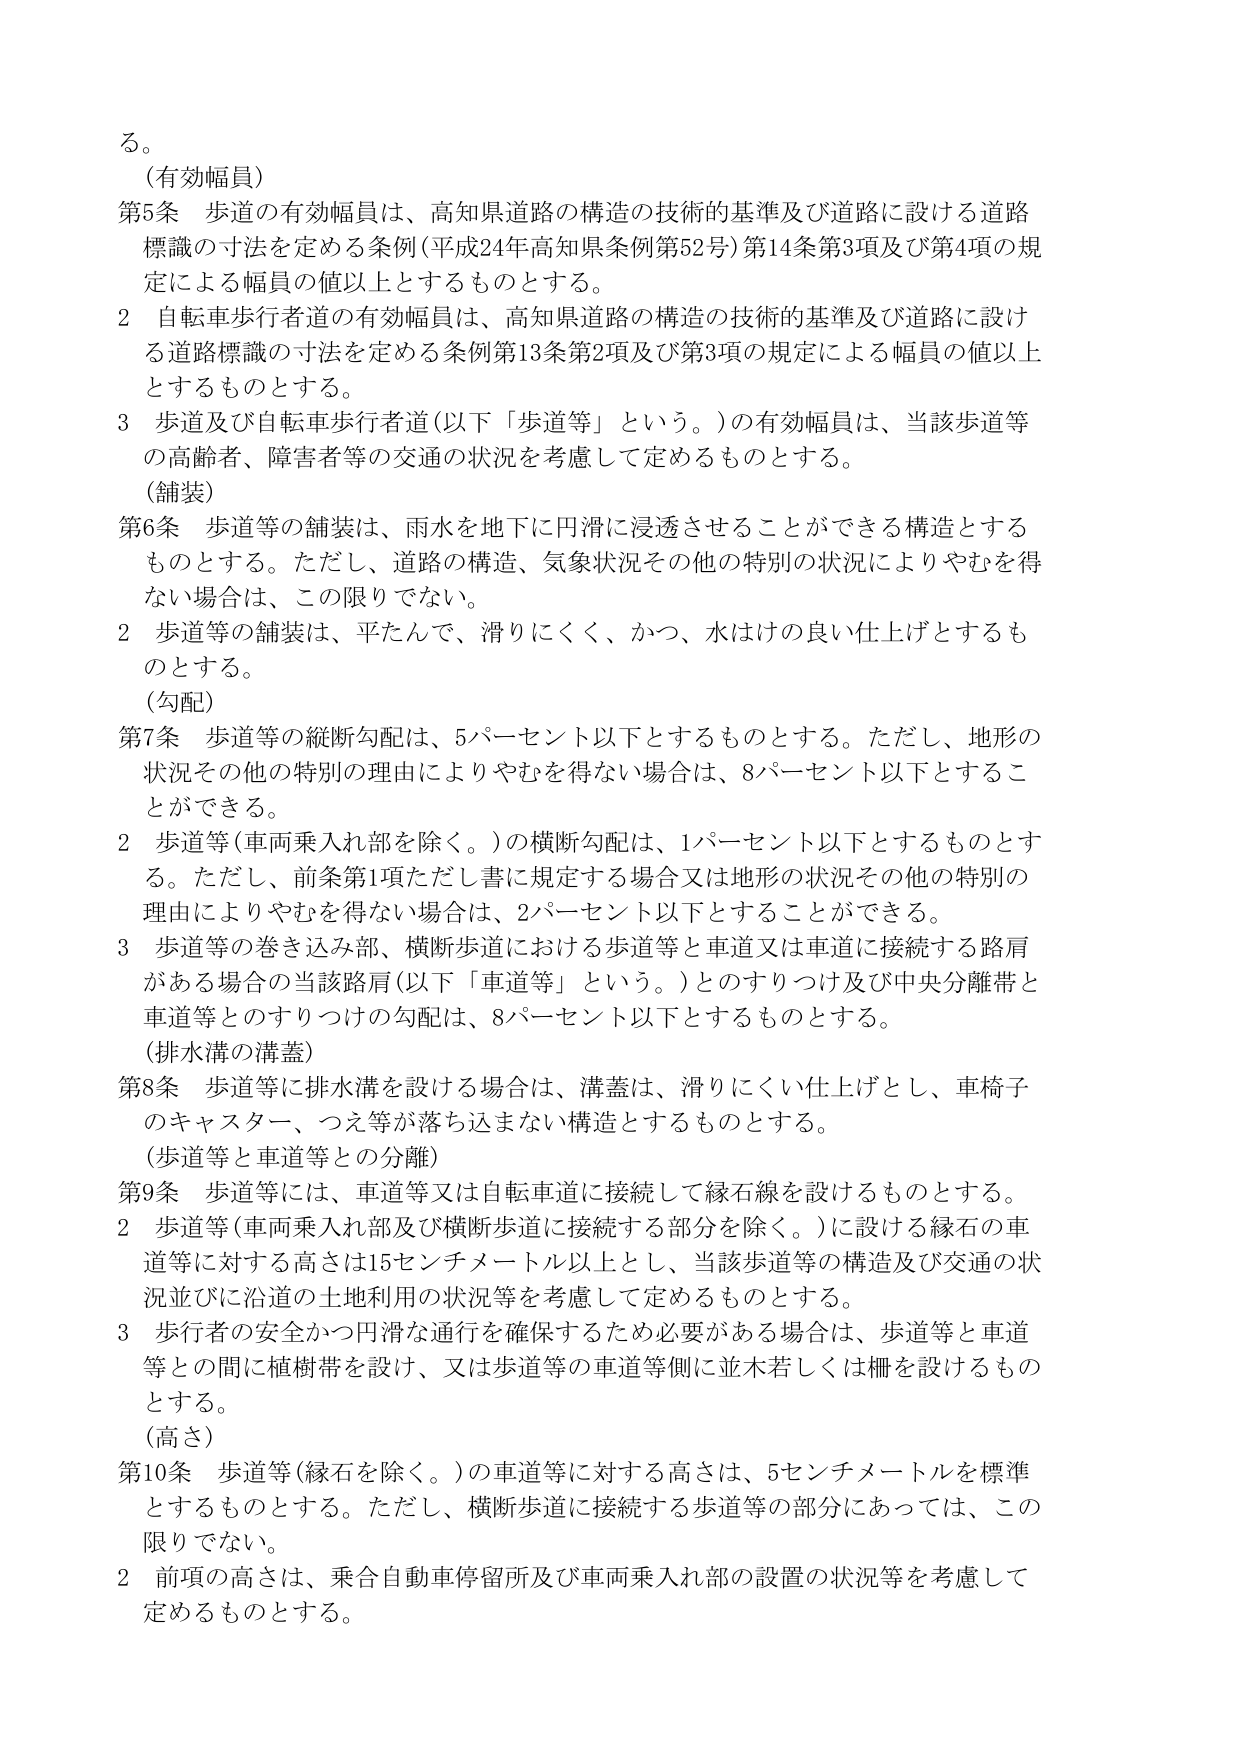
る。

（有効幅員）

第5条 歩道の有効幅員は、高知県道路の構造の技術的基準及び道路に設ける道路標識の寸法を定める条例（平成24年高知県条例第52号）第14条第3項及び第4項の規定による幅員の値以上とするものとする。

2 自転車歩行者道の有効幅員は、高知県道路の構造の技術的基準及び道路に設ける道路標識の寸法を定める条例第13条第2項及び第3項の規定による幅員の値以上とするものとする。

3 歩道及び自転車歩行者道（以下「歩道等」という。）の有効幅員は、当該歩道等の高齢者、障害者等の交通の状況を考慮して定めるものとする。

（舗装）

第6条 歩道等の舗装は、雨水を地下に円滑に浸透させることができる構造とするものとする。ただし、道路の構造、気象状況その他の特別の状況によりやむを得ない場合は、この限りでない。

2 歩道等の舗装は、平たんで、滑りにくく、かつ、水はけの良い仕上げとするものとする。

（勾配）

第7条 歩道等の縦断勾配は、5パーセント以下とするものとする。ただし、地形の状況その他の特別の理由によりやむを得ない場合は、8パーセント以下とすることができる。

2 歩道等（車両乗入れ部を除く。）の横断勾配は、1パーセント以下とするものとする。ただし、前条第1項ただし書に規定する場合又は地形の状況その他の特別の理由によりやむを得ない場合は、2パーセント以下とすることができる。

3 歩道等の巻き込み部、横断歩道における歩道等と車道又は車道に接続する路肩がある場合の当該路肩（以下「車道等」という。）とのすりつけ及び中央分離帯と車道等とのすりつけの勾配は、8パーセント以下とするものとする。

（排水溝の溝蓋）

第8条 歩道等に排水溝を設ける場合は、溝蓋は、滑りにくい仕上げとし、車椅子のキャスター、つえ等が落ち込まない構造とするものとする。

（歩道等と車道等との分離）

第9条 歩道等には、車道等又は自転車道に接続して縁石線を設けるものとする。

2 歩道等（車両乗入れ部及び横断歩道に接続する部分を除く。）に設ける縁石の車道等に対する高さは15センチメートル以上とし、当該歩道等の構造及び交通の状況並びに沿道の土地利用の状況等を考慮して定めるものとする。

3 歩行者の安全かつ円滑な通行を確保するため必要がある場合は、歩道等と車道等との間に植樹帯を設け、又は歩道等の車道等側に並木若しくは柵を設けるものとする。

（高さ）

第10条 歩道等（縁石を除く。）の車道等に対する高さは、5センチメートルを標準とするものとする。ただし、横断歩道に接続する歩道等の部分にあっては、この限りでない。

2 前項の高さは、乗合自動車停留所及び車両乗入れ部の設置の状況等を考慮して定めるものとする。